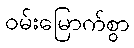
ဝမ်းမြောက်စွာ